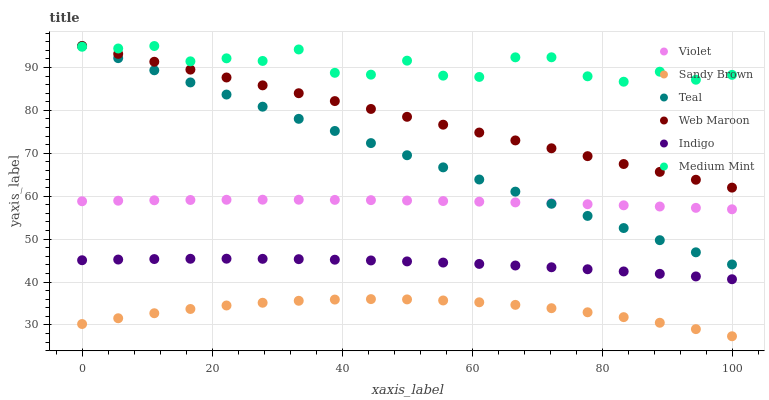
| xaxis_label | Violet | Sandy Brown | Teal | Web Maroon | Indigo | Medium Mint |
 | --- | --- | --- | --- | --- | --- | --- |
 | 0 | 58.8 | 30.2 | 95 | 95 | 45.1 | 94.8 |
 | 5.56 | 58.9 | 31.6 | 92.2 | 93.2 | 45.2 | 94.4 |
 | 11.1 | 59 | 32.7 | 89.3 | 91.3 | 45.4 | 95 |
 | 16.7 | 59.1 | 33.7 | 86.5 | 89.5 | 45.4 | 91.4 |
 | 22.2 | 59.2 | 34.5 | 83.7 | 87.7 | 45.4 | 92.1 |
 | 27.8 | 59.2 | 35.2 | 80.9 | 85.8 | 45.4 | 91.5 |
 | 33.3 | 59.2 | 35.6 | 78 | 84 | 45.3 | 94.2 |
 | 38.9 | 59.1 | 35.9 | 75.2 | 82.2 | 45.2 | 88.8 |
 | 44.4 | 59.1 | 36 | 72.4 | 80.3 | 45 | 88.3 |
 | 50 | 59 | 36 | 69.5 | 78.5 | 44.8 | 91.6 |
 | 55.6 | 58.9 | 35.7 | 66.7 | 76.7 | 44.5 | 88.1 |
 | 61.1 | 58.7 | 35.3 | 63.9 | 74.8 | 44.2 | 87.8 |
 | 66.7 | 58.6 | 34.7 | 61.1 | 73 | 43.9 | 92.4 |
 | 72.2 | 58.4 | 33.9 | 58.2 | 71.2 | 43.4 | 92.4 |
 | 77.8 | 58.1 | 32.9 | 55.4 | 69.3 | 43 | 87.9 |
 | 83.3 | 57.9 | 31.8 | 52.6 | 67.5 | 42.5 | 86.7 |
 | 88.9 | 57.6 | 30.5 | 49.8 | 65.7 | 41.9 | 89 |
 | 94.4 | 57.3 | 29 | 46.9 | 63.8 | 41.3 | 87.1 |
 | 100 | 57 | 27.4 | 44.1 | 62 | 40.6 | 88.3 |